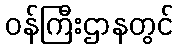
ဝန်ကြီးဌာနတွင်